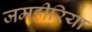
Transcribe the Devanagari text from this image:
जमहीरिया